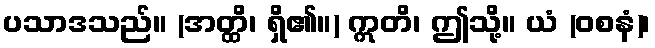
ပသာဒသည်။ (အတ္ထိ၊ ရှိ၏။) ဣတိ၊ ဤသို့။ ယံ (ဝစနံ)၊